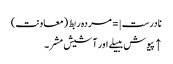
نادرست |=مردہ ربط (معاونت)
↑ پیوش ببیلے اور آشیش مشر۔